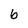
Character: 6